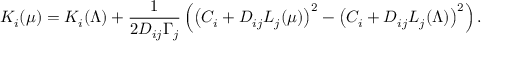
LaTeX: K _ { i } ( \mu ) = K _ { i } ( \Lambda ) + \displaystyle { \frac { 1 } { 2 D _ { i j } \Gamma _ { j } } } \left( \left( C _ { i } + D _ { i j } L _ { j } ( \mu ) \right) ^ { 2 } - \left( C _ { i } + D _ { i j } L _ { j } ( \Lambda ) \right) ^ { 2 } \right) .